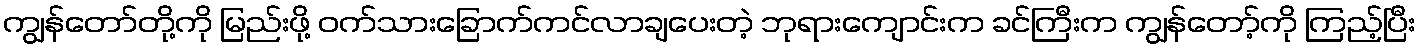
ကျွန်တော်တို့ကို မြည်းဖို့ ဝက်သားခြောက်ကင်လာချပေးတဲ့ ဘုရားကျောင်းက ခင်ကြီးက ကျွန်တော့်ကို ကြည့်ပြီး